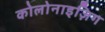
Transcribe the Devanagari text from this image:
कोलोनाइज़िग